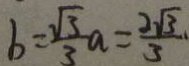
b = \frac { \sqrt { 3 } } { 3 } a = \frac { 2 \sqrt { 3 } } { 3 }